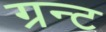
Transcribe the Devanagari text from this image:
ग्रन्ट